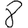
Digit: 8